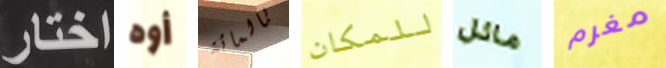
اختار أوه بالمائة للمكان مائل مغرم